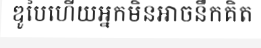
ឌូបៃហើយអ្នកមិនអាចនឹកគិត